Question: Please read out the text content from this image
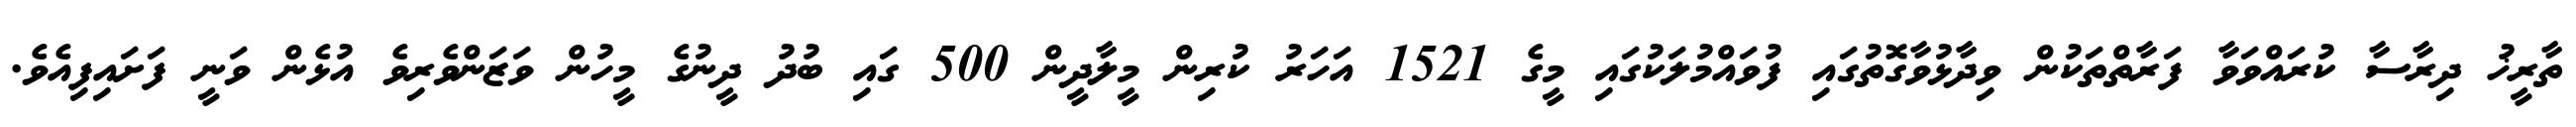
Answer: ތާރީޚު ދިރާސާ ކުރައްވަވާ ފަރާތްތަކުން ވިދާޅުވާގޮތުގައި ފުވައްމުލަކުގައި މީގެ 1521 އަހަރު ކުރިން މީލާދީން 500 ގައި ބުދު ދީނުގެ މީހުން ވަޒަންވެރިވެ އުޅެން ވަނީ ފަށައިފިއެވެ.